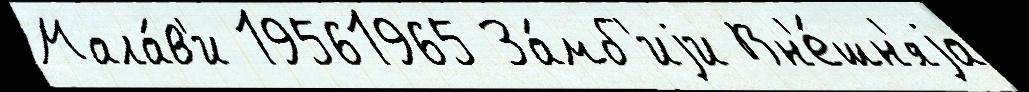
Мала́в'и 19561965 За́мб'иjи Вн'е́шн'яjа